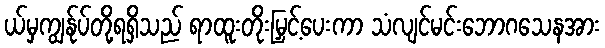
ယ်မှကျွန်ုပ်တို့ရရှိသည် ရာထူးတိုးမြှင့်ပေးကာ သံလျင်မင်းဘောဂသေနအား